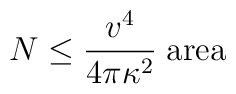
N\leq {v^4\over 4\pi\kappa^2}\;{\rm area}